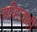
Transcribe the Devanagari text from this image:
रुधिरवाही